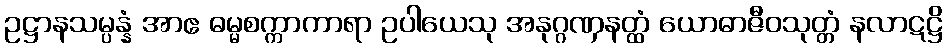
ဥဋ္ဌာနသမ္ပန္နံ အာဧ ဓမ္မစက္ကာကာရာ ဥပါယေသု အနုဂ္ဂဏှနတ္ထံ ယောဓာဇီဝသုတ္တံ နလာဋဋ္ဌိ